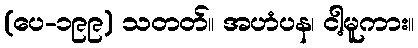
(ပေ-၁၉၉) သတတ်။ အဟံပန၊ ငါ့မူကား။